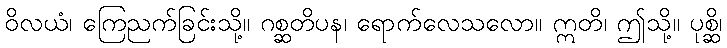
ဝိလယံ၊ ကြေညက်ခြင်းသို့။ ဂစ္ဆတိပန၊ ရောက်လေသလော။ ဣတိ၊ ဤသို့။ ပုစ္ဆိ၊